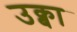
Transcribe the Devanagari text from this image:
उक्बा